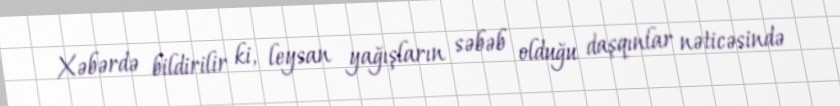
Xəbərdə bildirilir ki, leysan yağışların səbəb olduğu daşqınlar nəticəsində